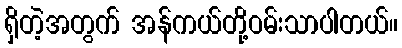
ရှိတဲ့အတွက် အန်ကယ်တို့ဝမ်းသာပါတယ်။